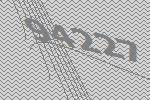
94227